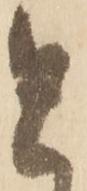
と